Report on lock hospitals in British Burma
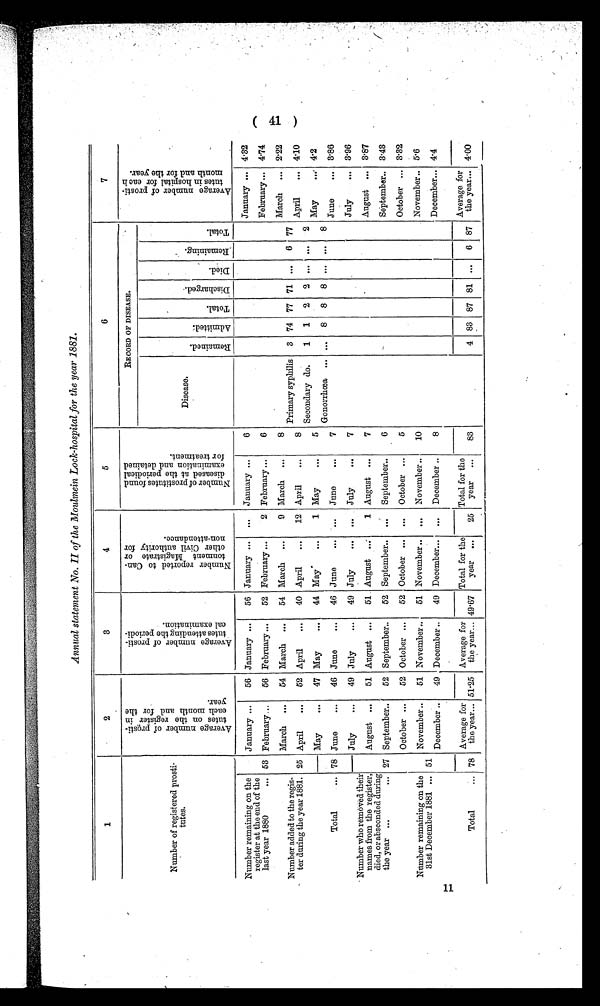
Annual statement No.II of the Moulmein Lock-hospital for the year 1881.
1
2
3
4
5
6
7
Number of registered prosti
tutes.
A v e r a g e n u m b e r o f p r o s t i t u t e s o n t h e r e g i s t e r i n e a c h m o n t h a n d f o r h t e y e a r .
A v e r a g e n u m b e r o f p r o s t i t u t e s a t t e n d i n g t h e p e r i o d i c a l e x a m i n a t i o n .
N u m b e r r e p o r t e d t o C a n t o n m e n t M a g i s t r a t e o r o t h e r C i v i l a u t h o r i t y f o r n o n - a t t e n d a n c e .
N u m b e r o f p r o s t i t u t e s f o u n d
d i s e a s e d a t t h e p e r i o d i c a l e x a m i n a t i o n a n d d e t a i n e d f o r t r e a t m e n t .
RECORD OF DISEASE.
A v e r a g e n u m b e r o f p r o s t i t u t e s i n h o s p i t a l f o r e a c h m o n t h a n d f o r t h e y e a r .
Disease.
R e m a i n e d .
A d m i t t e d .
T o t a l .
D i s c h a r g e d .
D i e d .
R e m a i n i n g .
T o t a l .
Number remaining on the
register at the end of the
last year 1880. 53
January
56 January
56 January
...
January
6
January
4.32
February
56 February
52 February
2 February
6
February
4.74
Number added to the regis-
ter during the year 1881. 25
March
54 March
54 March
9 March
8
Primary syphilis
3 74 77 71 ...
6 77
March
2.22
April
52 April
40 April
12 April
8
April
4.10
Secondary do.
1
1
2
2 ... ...
2
May
47 May
44 May
1 May
5
May
4.2
Gonorrhœa
...
8
8
8 ... ...
8
Total
78 June
46 June
46 June
...
June
7
June
3.86
Number who removed their
names from the register,
died, or absconded during
the year
27
July
49 July
49 July
. . . July
7
July
3.96
August
51 August
51 August
1 August
7
August
3.87
September
52 September
52 September
. . . September
6
September
3.43
October
52 October
52 October
...
October
5
October
3.32
Number remaining on the
31st December 1881
51
November
51 November
51 November
...
November
10
November 5.6
December
49 December
49 December
...
December
8
December
4.4
Total
78
Average for
the year
51.25
Average for
the year
49.67
Total for the
year
25
Total for the
year
83
4 83 87 81 ...
6 87
Average for
the year
4.00
(41)